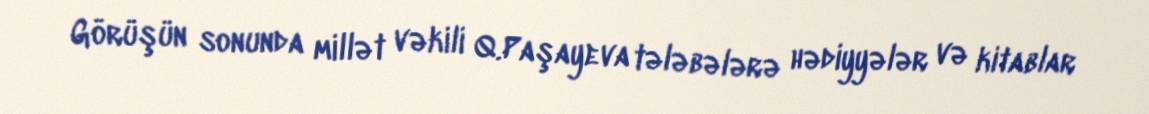
Görüşün sonunda millət vəkili Q.Paşayeva tələbələrə hədiyyələr və kitablar